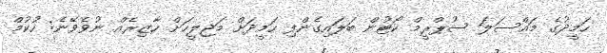
ހަމީދުގެ މައްސަލަ ސުޕްރީމް ކޯޓުން ބަލައިގެންފި ހަމީދަށް މަޖިލީހަށް ހާޒިރެއް ނުވެވޭނެ: ހުކުމް